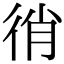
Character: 𢓮